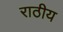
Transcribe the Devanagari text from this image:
राठीय